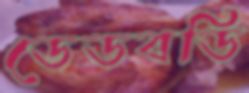
ডেডবডি